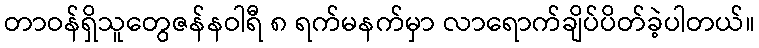
တာဝန်ရှိသူတွေဇန်နဝါရီ ၈ ရက်မနက်မှာ လာရောက်ချိပ်ပိတ်ခဲ့ပါတယ်။